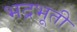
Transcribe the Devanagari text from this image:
भद्रभूती